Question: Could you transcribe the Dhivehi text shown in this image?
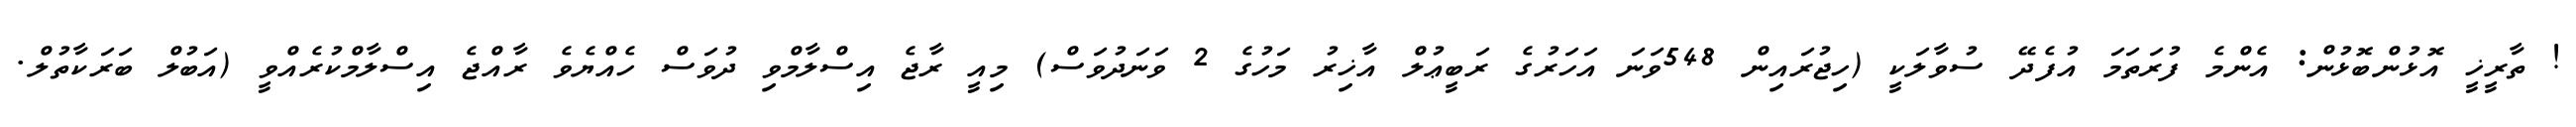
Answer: ! ތާރީޚީ އޮޅުންބޮޅުން: އެންމެ ފުރަތަމަ އުފެދޭ ސުވާލަކީ (ހިޖުރައިން 548ވަނަ އަހަރުގެ ރަބީޢުލް އާޚިރު މަހުގެ 2 ވަނަދުވަސް) މިއީ ރާޖެ އިސްލާމްވި ދުވަސް ހެއްޔެވެ ރާއްޖެ އިސްލާމްކުރެއްވީ (އަބުލް ބަރަކާތުލް.